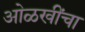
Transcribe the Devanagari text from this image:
ओळखींचा